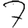
Digit: 7